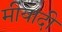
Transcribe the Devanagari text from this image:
मीयादी